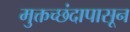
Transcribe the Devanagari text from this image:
मुक्तच्‍छंदापासून